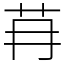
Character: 䒣